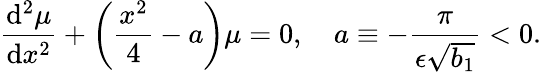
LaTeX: \frac{\mathrm{d}^{2}\mu}{\mathrm{d}x^{2}}+\biggl(\frac{x^{2}}{4}-a\biggr)\mu=0,\quad a\equiv-\frac{\pi}{\epsilon\sqrt{b_{1}}}<0.